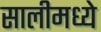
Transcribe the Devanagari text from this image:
सालीमध्ये